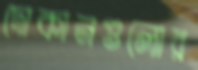
দোকানগুলোর